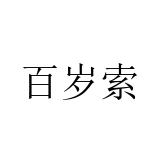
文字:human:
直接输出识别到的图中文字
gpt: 百岁索